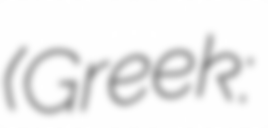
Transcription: (Greek: